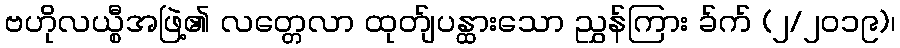
ဗဟိုလယ္စီအဖြဲ့၏ လတ္တေလာ ထုတ်ျပန္ထားသော ညွှန်ကြား ခ်က် (၂/၂၀၁၉)၊